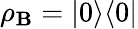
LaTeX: \rho_{\mathbf{B}}=|0\rangle\langle0|